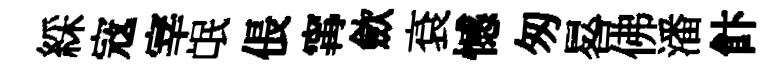
綵𡨥宰氓倀𡩋歛袞憾匆晷佛潘飰